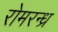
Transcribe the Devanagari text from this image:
रोमरन्ध्र